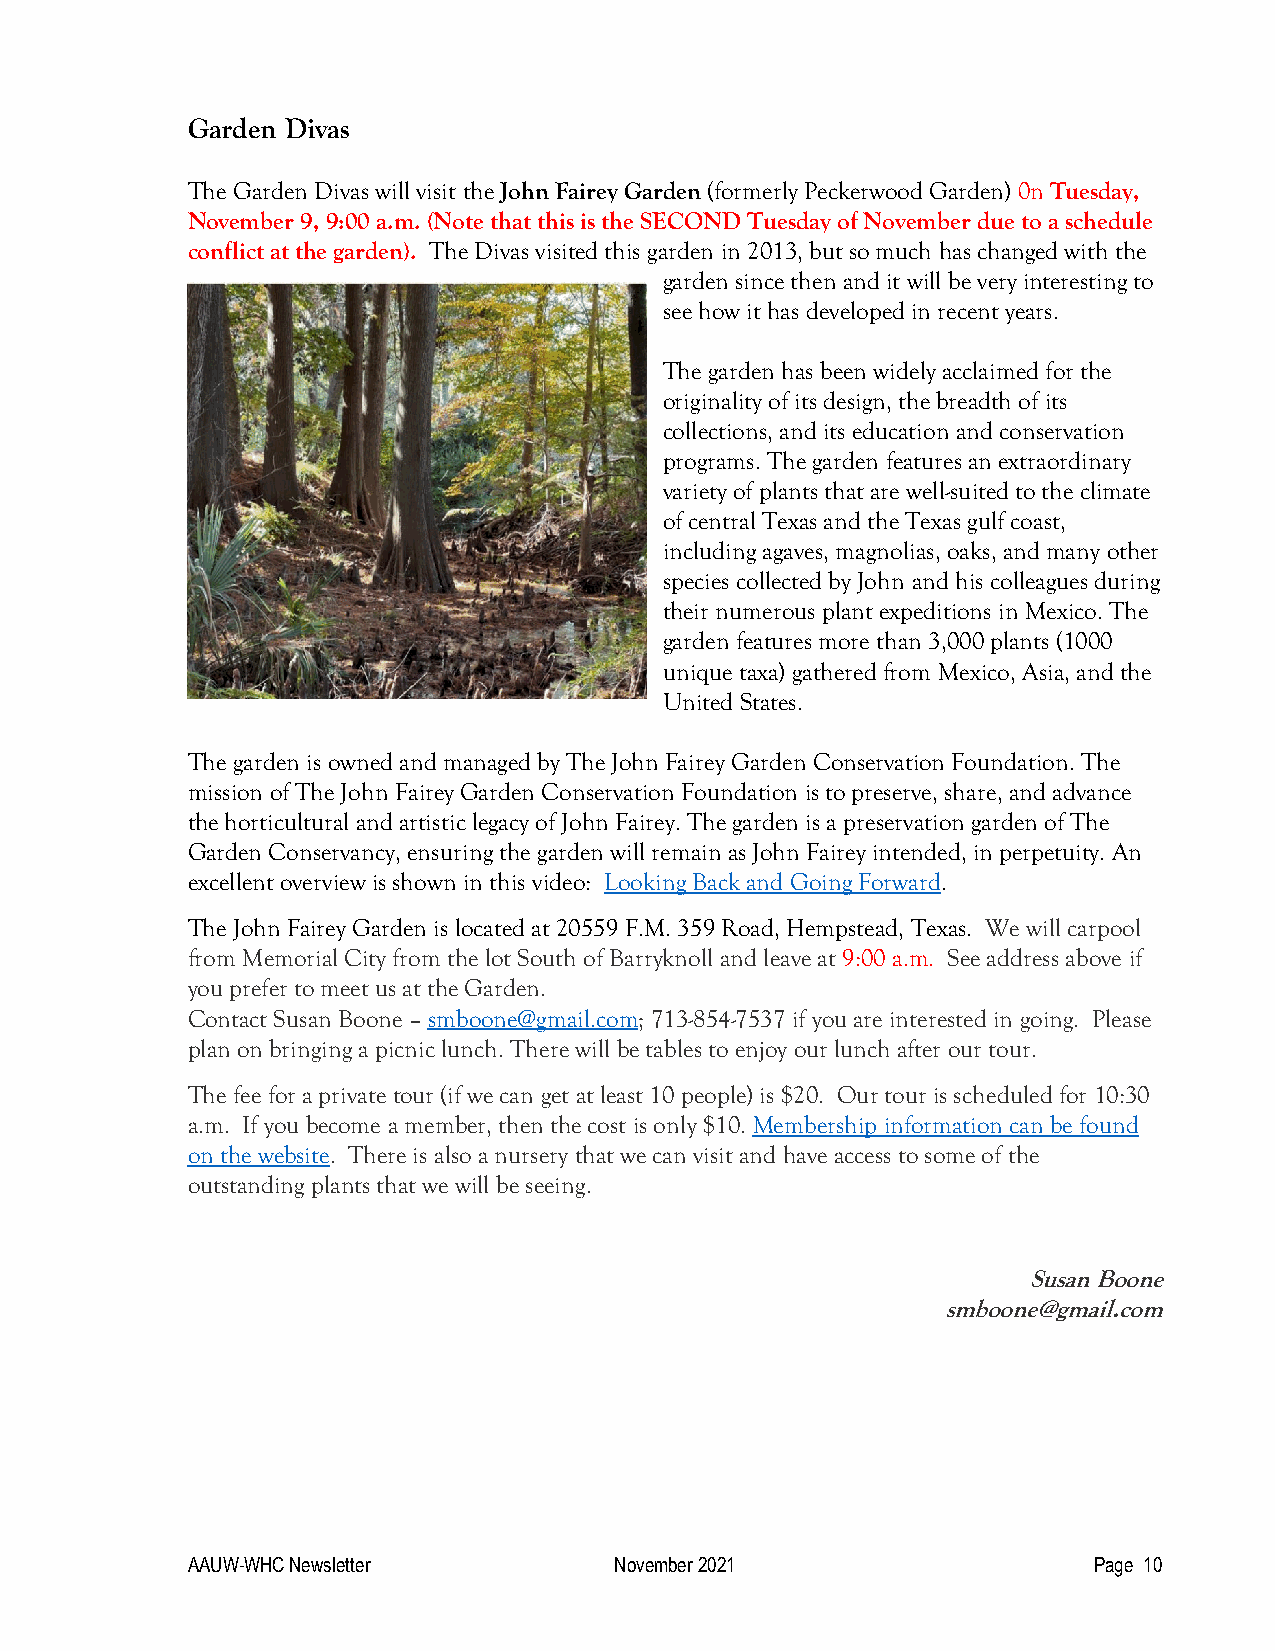
Garden Divas
 The Garden Divas will visit the John Fairey Garden (formerly Peckerwood Garden) 0n Tuesday,
 November 9, 9:00 a.m. (Note that this is the SECOND Tuesday of November due to a schedule
 conflict at the garden). The Divas visited this garden in 2013, but so much has changed with the
 garden since then and it will be very interesting to
 see how it has developed in recent years.
 The garden has been widely acclaimed for the
 originality of its design, the breadth of its
 collections, and its education and conservation
 programs. The garden features an extraordinary
 variety of plants that are well-suited to the climate
 of central Texas and the Texas gulf coast,
 including agaves, magnolias, oaks, and many other
 species collected by John and his colleagues during
 their numerous plant expeditions in Mexico. The
 garden features more than 3,000 plants (1000
 unique taxa) gathered from Mexico, Asia, and the
 United States.
 The garden is owned and managed by The John Fairey Garden Conservation Foundation. The
 mission of The John Fairey Garden Conservation Foundation is to preserve, share, and advance
 the horticultural and artistic legacy of John Fairey. The garden is a preservation garden of The
 Garden Conservancy, ensuring the garden will remain as John Fairey intended, in perpetuity. An
 excellent overview is shown in this video: Looking Back and Going Forward.
 The John Fairey Garden is located at 20559 F.M. 359 Road, Hempstead, Texas. We will carpool
 from Memorial City from the lot South of Barryknoll and leave at 9:00 a.m. See address above if
 you prefer to meet us at the Garden.
 Contact Susan Boone – smboone@gmail.com; 713-854-7537 if you are interested in going. Please
 plan on bringing a picnic lunch. There will be tables to enjoy our lunch after our tour.
 The fee for a private tour (if we can get at least 10 people) is $20. Our tour is scheduled for 10:30
 a.m. If you become a member, then the cost is only $10. Membership information can be found
 on the website. There is also a nursery that we can visit and have access to some of the
 outstanding plants that we will be seeing.
 Susan Boone
 smboone@gmail.com
 AAUW-WHC Newsletter          November 2021                  Page 10